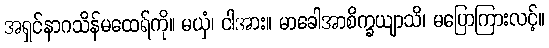
အရှင်နာဂသိန်မထေရ်ကို။ မယှံ၊ ငါအား။ မာခေါအာစိက္ခယျာသိ၊ မပြောကြားလင့်။